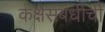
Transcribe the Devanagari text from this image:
कक्षेसंबंधीची